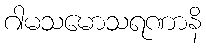
ဂါမသမောသရဏာနိ